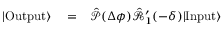
\begin{array} { r l r } { | \mathrm { O u t p u t } \rangle } & { { } = } & { \hat { \mathcal { P } } ( \Delta \phi ) \hat { \mathcal { R } } _ { 1 } ^ { \prime } ( - \delta ) | \mathrm { I n p u t } \rangle } \end{array}